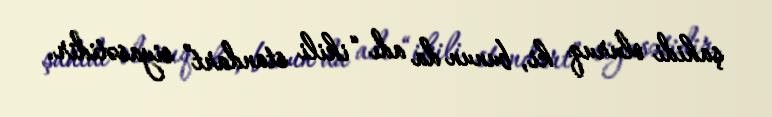
şahidi oluruq ki, bunun da adı “ikili standart” siyasətidir.